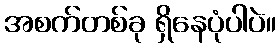
အစက်တစ်ခု ရှိနေပုံပါပဲ။